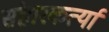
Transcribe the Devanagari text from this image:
संहारकर्त्या